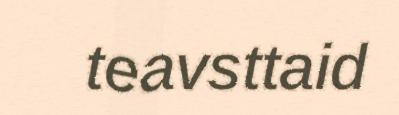
teavsttaid